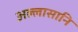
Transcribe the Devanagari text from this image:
अल्लासानि